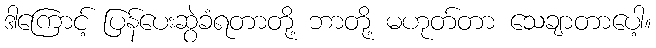
ဒါကြောင့် ပြန်ပေးဆွဲခံရတာတို့ ဘာတို့ မဟုတ်တာ သေချာတာပေါ့။